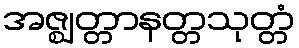
အဇ္ဈတ္တာနတ္တသုတ္တံ